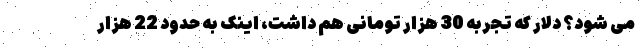
می شود؟ دلار که تجربه 30 هزار تومانی هم داشت، اینک به حدود 22 هزار